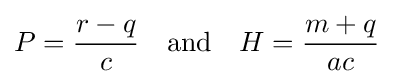
P={\frac {r-q}{c}}\quad {\text{and}}\quad H={\frac {m+q}{ac}}